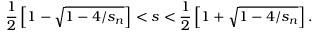
\frac { 1 } { 2 } \left[ 1 - \sqrt { 1 - 4 / s _ { n } } \right] < s < \frac { 1 } { 2 } \left[ 1 + \sqrt { 1 - 4 / s _ { n } } \right] .